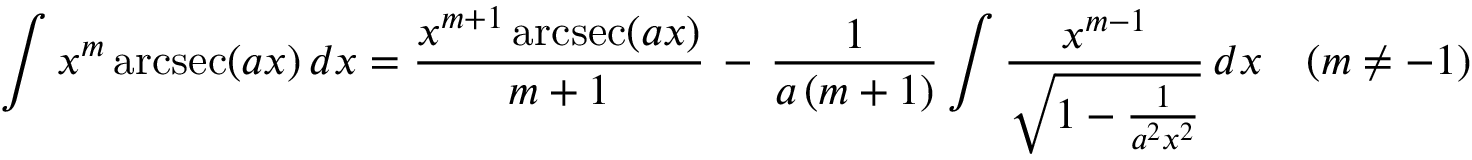
\int x ^ { m } \operatorname { a r c s e c } ( a x ) \, d x = { \frac { x ^ { m + 1 } \operatorname { a r c s e c } ( a x ) } { m + 1 } } \, - \, { \frac { 1 } { a \, ( m + 1 ) } } \int { \frac { x ^ { m - 1 } } { \sqrt { 1 - { \frac { 1 } { a ^ { 2 } x ^ { 2 } } } } } } \, d x \quad ( m \neq - 1 )